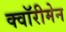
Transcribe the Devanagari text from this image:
क्वॉरीमेन